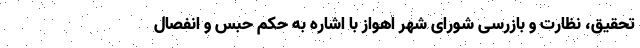
تحقیق، نظارت و بازرسی شورای شهر اهواز با اشاره به حکم حبس و انفصال